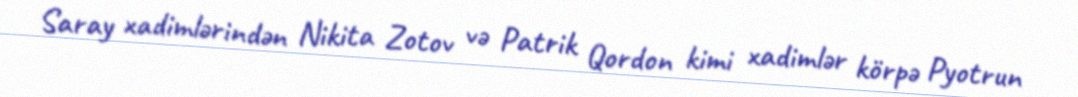
Saray xadimlərindən Nikita Zotov və Patrik Qordon kimi xadimlər körpə Pyotrun